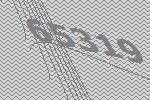
65319